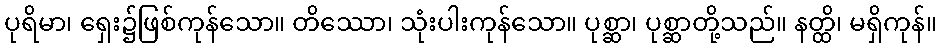
ပုရိမာ၊ ရှေး၌ဖြစ်ကုန်သော။ တိဿော၊ သုံးပါးကုန်သော။ ပုစ္ဆာ၊ ပုစ္ဆာတို့သည်။ နတ္ထိ၊ မရှိကုန်။